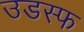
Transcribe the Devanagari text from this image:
उडस्फ